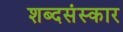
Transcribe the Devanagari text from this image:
शब्दसंस्कार